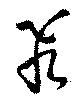
飛